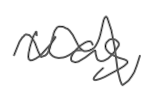
Text: was
Cross-out: wave
Writing tool: digital_gray